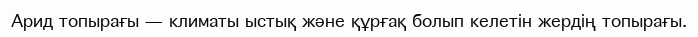
Арид топырағы — климаты ыстық және құрғақ болып келетін жердің топырағы.